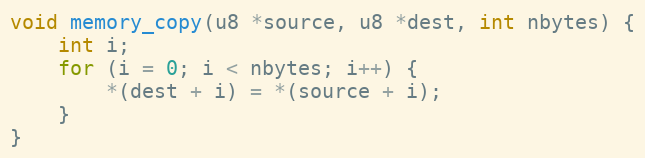
Language: C
void memory_copy(u8 *source, u8 *dest, int nbytes) {
    int i;
    for (i = 0; i < nbytes; i++) {
        *(dest + i) = *(source + i);
    }
}